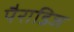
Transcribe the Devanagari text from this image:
पैराडिज